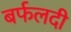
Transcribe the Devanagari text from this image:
बर्फलदी